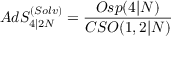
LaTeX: A d S _ { 4 \vert 2 { \cal N } } ^ { ( S o l v ) } = \frac { O s p ( 4 \vert { \cal N } ) } { C S O ( 1 , 2 \vert { \cal N } ) }